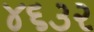
૪૬૩૨